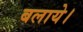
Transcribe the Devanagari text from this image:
बलाये।